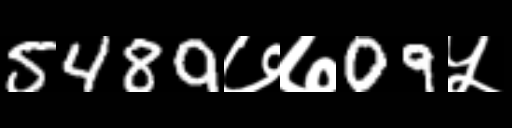
Text: 5489७७09५